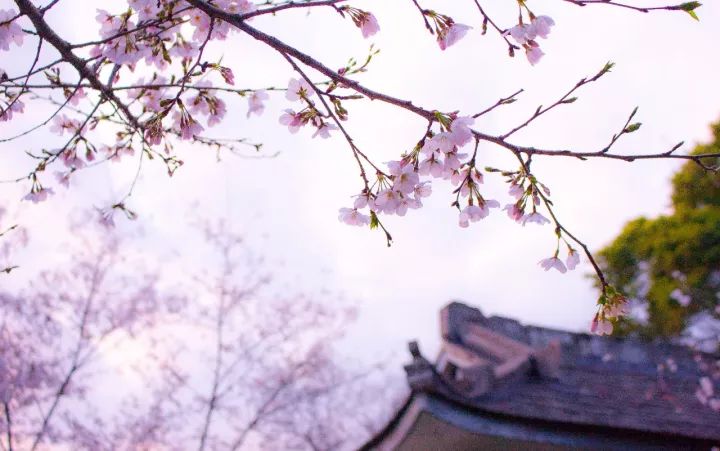
清明时节出郊原，寂寂山城柳映门。